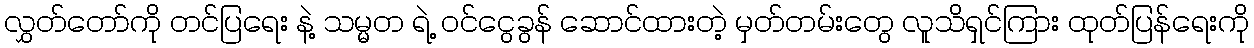
လွှတ်တော်ကို တင်ပြရေး နဲ့ သမ္မတ ရဲ့ ဝင်ငွေခွန် ဆောင်ထားတဲ့ မှတ်တမ်းတွေ လူသိရှင်ကြား ထုတ်ပြန်ရေးကို